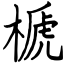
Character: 榹